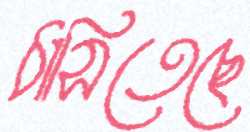
ঠাসিতেছে